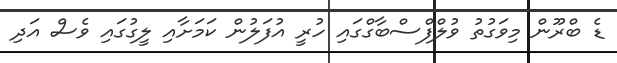
ޑެ ބްރޫން މިވަގުތު ވުލްފްސްބާގްގައި ހުރީ އުފަލުން ކަމަށާއި ލީގުގައި ވެސް އަދި